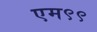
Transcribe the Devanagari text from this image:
एम९९